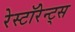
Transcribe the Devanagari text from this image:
रेस्टॉरेन्ट्स